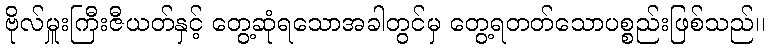
ဗိုလ်မှူးကြီးဇီယတ်နှင့် တွေ့ဆုံရသောအခါတွင်မှ တွေ့ရတတ်သောပစ္စည်းဖြစ်သည်၊၊